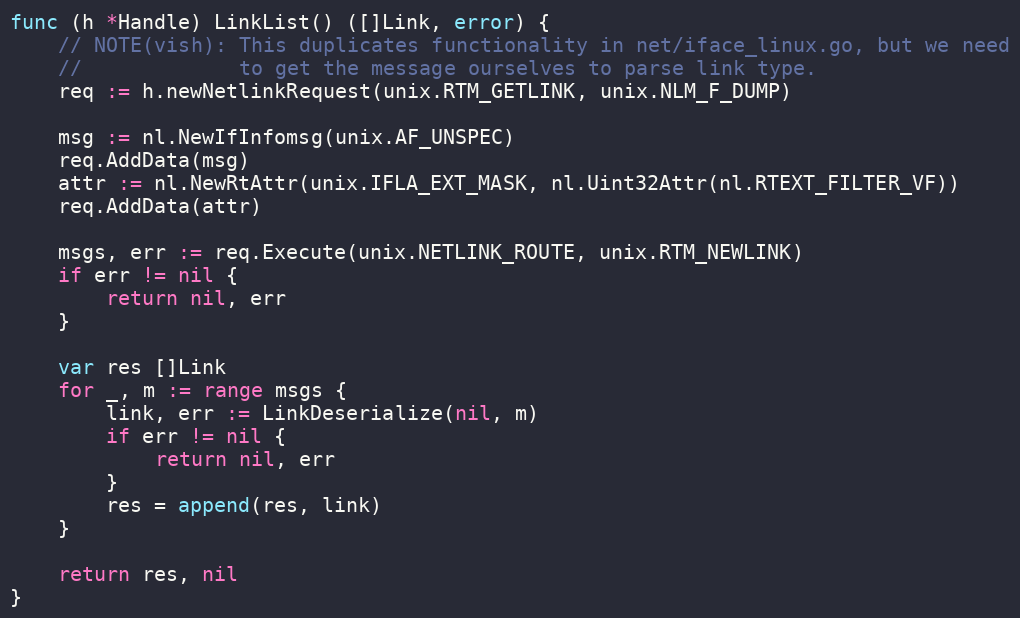
Language: Go
func (h *Handle) LinkList() ([]Link, error) {
	// NOTE(vish): This duplicates functionality in net/iface_linux.go, but we need
	//             to get the message ourselves to parse link type.
	req := h.newNetlinkRequest(unix.RTM_GETLINK, unix.NLM_F_DUMP)

	msg := nl.NewIfInfomsg(unix.AF_UNSPEC)
	req.AddData(msg)
	attr := nl.NewRtAttr(unix.IFLA_EXT_MASK, nl.Uint32Attr(nl.RTEXT_FILTER_VF))
	req.AddData(attr)

	msgs, err := req.Execute(unix.NETLINK_ROUTE, unix.RTM_NEWLINK)
	if err != nil {
		return nil, err
	}

	var res []Link
	for _, m := range msgs {
		link, err := LinkDeserialize(nil, m)
		if err != nil {
			return nil, err
		}
		res = append(res, link)
	}

	return res, nil
}